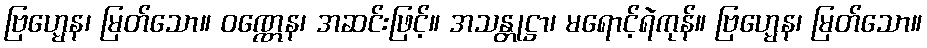
ဗြဟ္မေန၊ မြတ်သော။ ဝဏ္ဏေန၊ အဆင်းဖြင့်။ အသန္တုဋ္ဌာ၊ မရောင့်ရဲကုန်။ ဗြဟ္မေန၊ မြတ်သော။